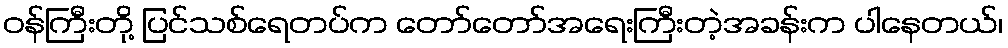
ဝန်ကြီးတို့ ပြင်သစ်ရေတပ်က တော်တော်အရေးကြီးတဲ့အခန်းက ပါနေတယ်၊